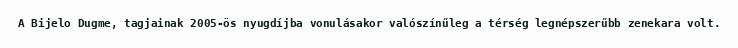
A Bijelo Dugme, tagjainak 2005-ös nyugdíjba vonulásakor valószínűleg a térség legnépszerűbb zenekara volt.